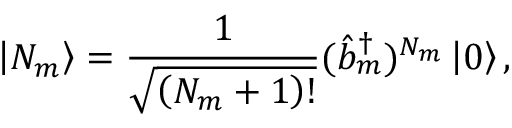
\left| N _ { m } \right> = \frac { 1 } { \sqrt { \left( N _ { m } + 1 \right) ! } } ( \hat { b } _ { m } ^ { \dagger } ) ^ { N _ { m } } \left| 0 \right> ,